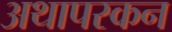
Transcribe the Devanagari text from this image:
अथापस्कन